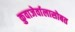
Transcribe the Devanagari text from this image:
कुवाजेर्वालासोबत